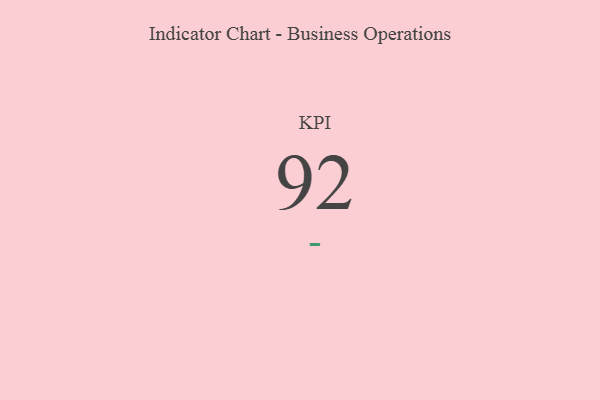
{"axis": {"x": "KPI", "y": "Value"}, "legend": [""], "data": [{"x": "KPI", "y": 92, "type": ""}]}